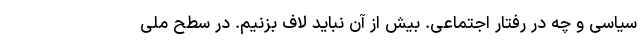
سیاسی و چه در رفتار اجتماعی. بیش از آن نباید لاف بزنیم. در سطح ملی